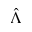
\hat { \Lambda }